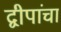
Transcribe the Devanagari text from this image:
द्वीपांचा